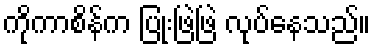
ကိုကာစိန်က ပြုံးဖြဲဖြဲ လုပ်နေသည်။